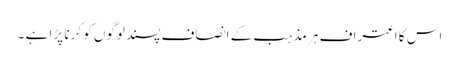
اس کا اعتراف ہر مذہب کے انصاف پسند لوگوں کو کرنا پڑا ہے ۔